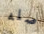
صله